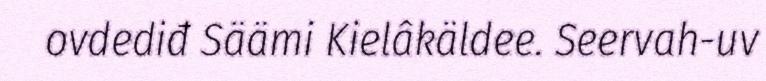
ovdediđ Säämi Kielâkäldee. Seervah-uv